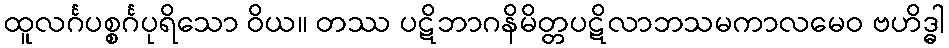
ထူလင်္ဂပစ္စင်္ဂပုရိသော ဝိယ။ တဿ ပဋိဘာဂနိမိတ္တပဋိလာဘသမကာလမေဝ ဗဟိဒ္ဓါ